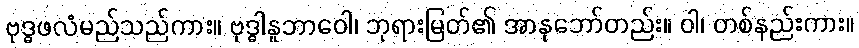
ဗုဒ္ဓဖလံမည်သည်ကား။ ဗုဒ္ဓါနူဘာဝေါ၊ ဘုရားမြတ်၏ အာနုဘော်တည်း။ ဝါ၊ တစ်နည်းကား။